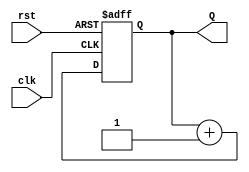
module binary_up_counter #(
    parameter N = 3  // Number of bits in the counter (default is 3)
)(
    input wire clk,   // Clock input
    input wire rst,   // Asynchronous reset input
    output reg [N-1:0] Q  // Current count value
);

// Always block triggered on the rising edge of the clock or when reset is asserted
always @(posedge clk or posedge rst) begin
    if (rst) begin
        Q <= 0;  // Reset the counter to 0
    end else begin
        Q <= Q + 1;  // Increment the counter
    end
end

endmodule